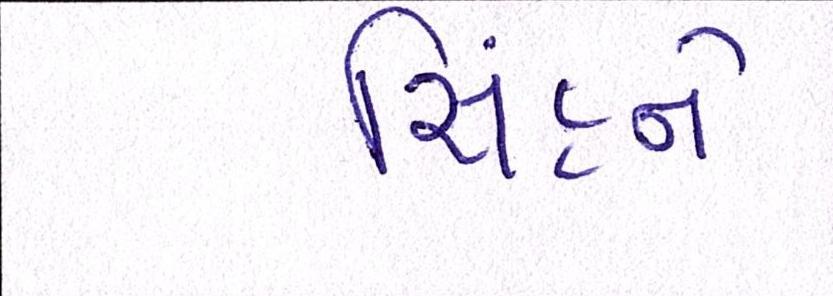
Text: સિંહને